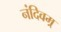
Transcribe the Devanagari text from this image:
नंदिवम्र्